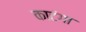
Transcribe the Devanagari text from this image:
काटंगा